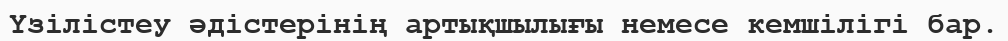
Үзілістеу әдістерінің артықшылығы немесе кемшілігі бар.